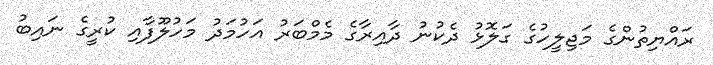
ރައްޔިތުންގެ މަޖިލީހުގެ ގަލޮޅު ދެކުނު ދާއިރާގެ މެމްބަރު އަހުމަދު މަހުލޫފާއި ކުރީގެ ނައިބު